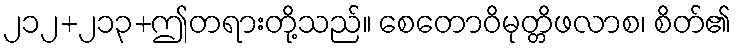
၂၁၂+၂၁၃+ဤတရားတို့သည်။ စေတောဝိမုတ္တိဖလာစ၊ စိတ်၏